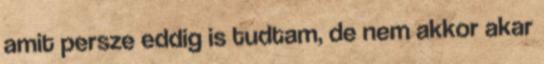
amit persze eddig is tudtam, de nem akkor akar